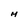
Character: M